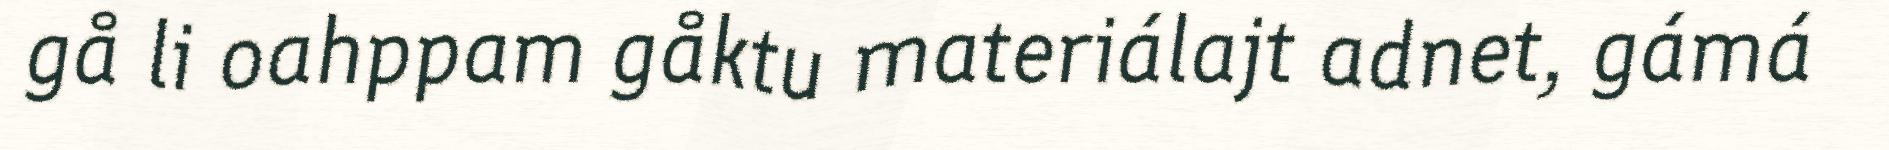
gå li oahppam gåktu materiálajt adnet, gámá